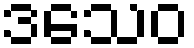
ဒသေဝ